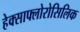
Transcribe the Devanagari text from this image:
हेक्साफ्लोरोसिलिक